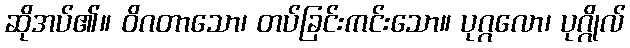
ဆိုအပ်၏။ ဝိဂတာသော၊ တပ်ခြင်းကင်းသော။ ပုဂ္ဂလော၊ ပုဂ္ဂိုလ်